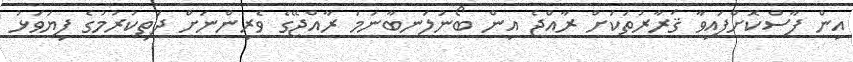
އިން ފާސްކޮށްފައިވާ ޤަރާރުތަކަށް ރާއްޖެ އިން ބޯނުލަނބާނަމަ ރާއްޖޭގެ ވެރިންނަށް ދަތިކުރުމުގެ ފިޔަވަޅު